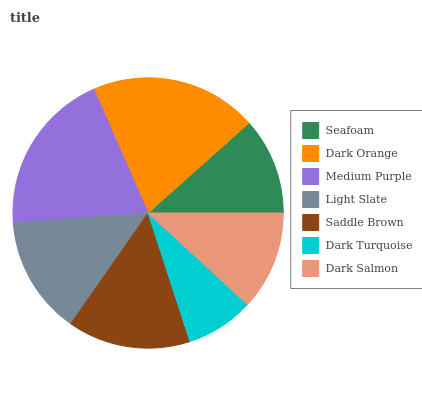
| Seafoam | Dark Orange | Medium Purple | Light Slate | Saddle Brown | Dark Turquoise | Dark Salmon |
 | --- | --- | --- | --- | --- | --- | --- |
 | 11.6% | 20% | 19.6% | 14.1% | 14.7% | 8.16% | 11.8% |